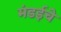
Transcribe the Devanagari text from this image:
मंडईचे